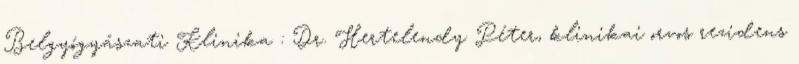
Belgyógyászati Klinika : Dr. Hertelendy Péter, klinikai orvos rezidens